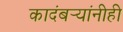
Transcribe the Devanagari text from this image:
कादंबर्‍यांनीही